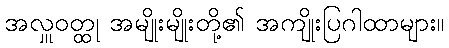
အလှူဝတ္ထု အမျိုးမျိုးတို့၏ အကျိုးပြဂါထာများ။